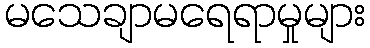
မသေချာမရေရာမှုများ